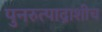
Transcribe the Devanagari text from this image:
पुनरुत्पाद्नाशीच